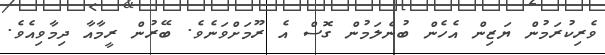
ވެރިކުރަމުން ޔަޒިން އެހެން ބުނެލަމުން ގޮސް އެ ރޫމަށްވަނެވެ. ބޭރުން ރީމާއާ ދިމާވިއެވެ.